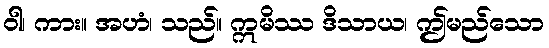
ဝါ၊ ကား။ အဟံ၊ သည်။ ဣမိဿ ဒိသာယ၊ ဤမည်သော